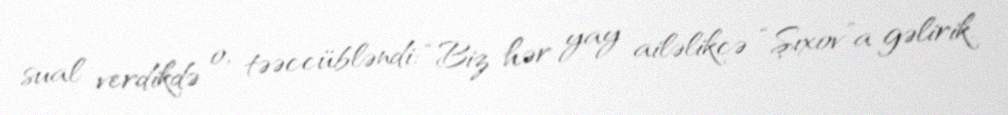
sual verdikdə o, təəccübləndi: “Biz hər yay ailəlikcə “Şıxov”a gəlirik.